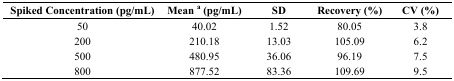
<table><thead><tr><td><b>Spiked Concentration (pg/mL)</b></td><td><b>Mean<sup>a</sup>(pg/mL)</b></td><td><b>SD</b></td><td><b>Recovery (%)</b></td><td><b>CV (%)</b></td></tr></thead><tbody><tr><td>50</td><td>40.02</td><td>1.52</td><td>80.05</td><td>3.8</td></tr><tr><td>200</td><td>210.18</td><td>13.03</td><td>105.09</td><td>6.2</td></tr><tr><td>500</td><td>480.95</td><td>36.06</td><td>96.19</td><td>7.5</td></tr><tr><td>800</td><td>877.52</td><td>83.36</td><td>109.69</td><td>9.5</td></tr></tbody></table>